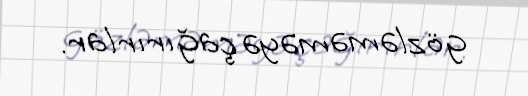
gözləməməyə çağırırlar.